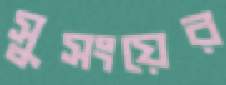
সুসংয়ের